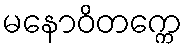
မနောဝိတက္ကေ